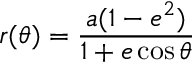
r ( \theta ) = { \frac { a ( 1 - e ^ { 2 } ) } { 1 + e \cos \theta } }